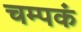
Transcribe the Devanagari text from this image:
चम्पकं